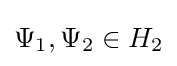
\Psi _{1},\Psi _{2}\in H_{2}